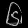
Digit: ၆